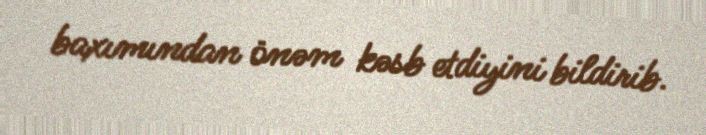
baxımından önəm kəsb etdiyini bildirib.